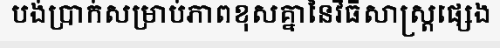
បង់ប្រាក់សម្រាប់ភាពខុសគ្នានៃវិធីសាស្ត្រផ្សេង